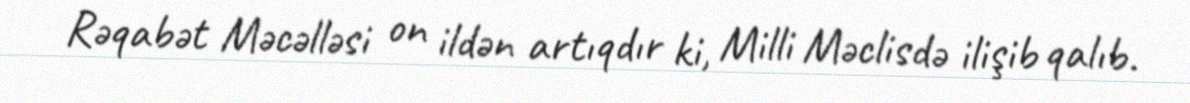
Rəqabət Məcəlləsi on ildən artıqdır ki, Milli Məclisdə ilişib qalıb.